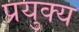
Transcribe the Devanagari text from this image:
प्रयुक्य